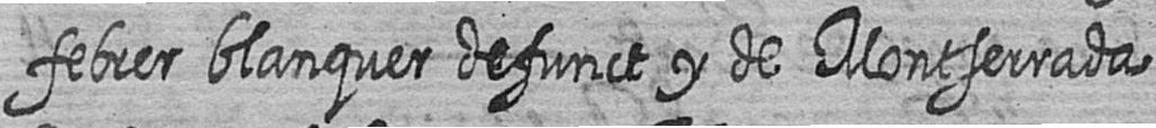
febrer blanquer defunct y de Montserrada